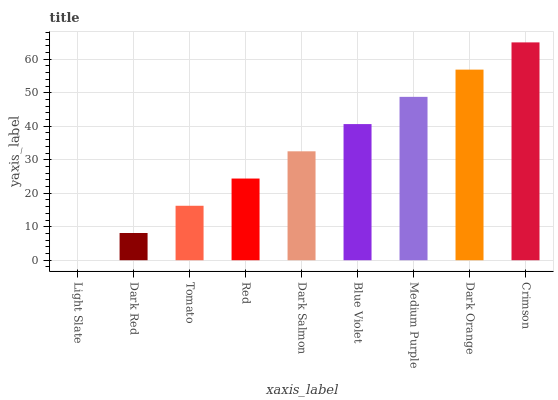
| xaxis_label | bars |
 | --- | --- |
 | Light Slate | 0 |
 | Dark Red | 8.13 |
 | Tomato | 16.3 |
 | Red | 24.4 |
 | Dark Salmon | 32.5 |
 | Blue Violet | 40.6 |
 | Medium Purple | 48.8 |
 | Dark Orange | 56.9 |
 | Crimson | 65 |